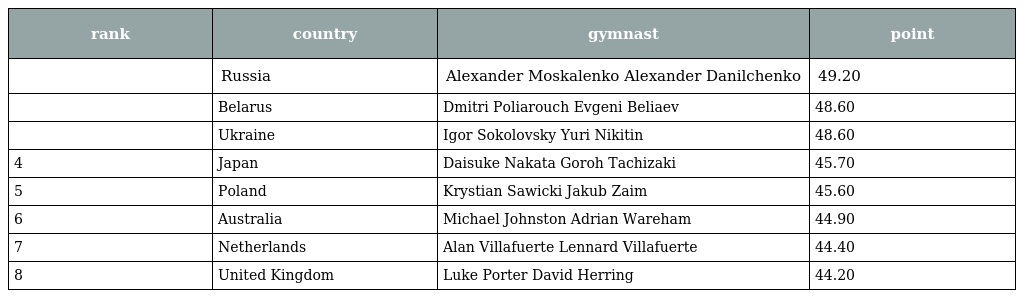
| rank | country | gymnast | point |
 | --- | --- | --- | --- |
 |  | Russia | Alexander Moskalenko Alexander Danilchenko | 49.20 |
 |  | Belarus | Dmitri Poliarouch Evgeni Beliaev | 48.60 |
 |  | Ukraine | Igor Sokolovsky Yuri Nikitin | 48.60 |
 | 4 | Japan | Daisuke Nakata Goroh Tachizaki | 45.70 |
 | 5 | Poland | Krystian Sawicki Jakub Zaim | 45.60 |
 | 6 | Australia | Michael Johnston Adrian Wareham | 44.90 |
 | 7 | Netherlands | Alan Villafuerte Lennard Villafuerte | 44.40 |
 | 8 | United Kingdom | Luke Porter David Herring | 44.20 |